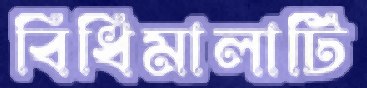
বিধিমালাটি